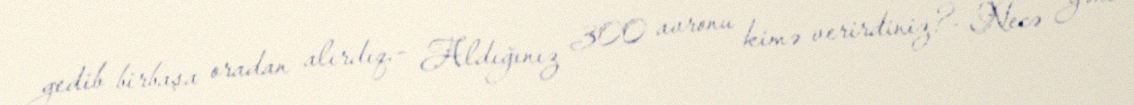
gedib birbaşa oradan alırdıq.- Aldığınız 300 avronu kimə verirdiniz?- Necə yəni